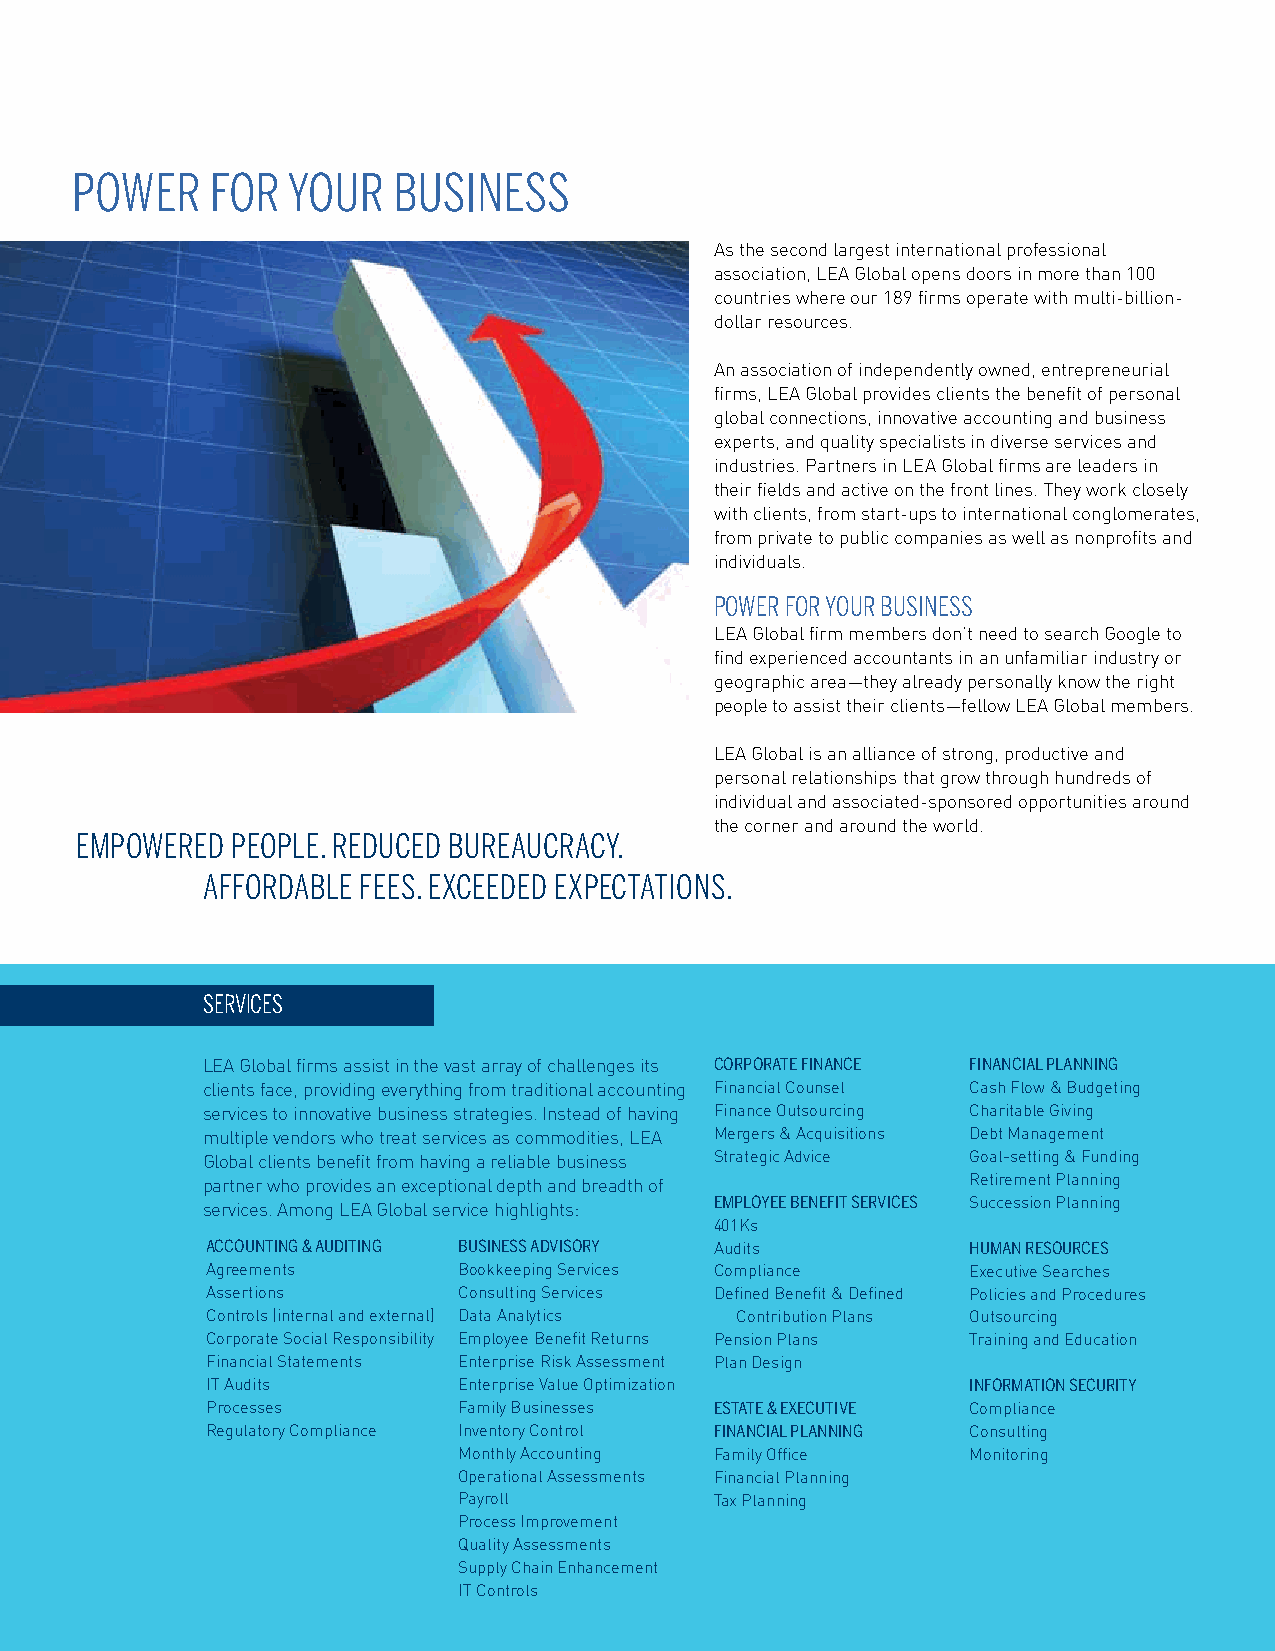
Power    for  Your   Business
 As the second largest international professional
 association, LEA Global opens doors in more than 100
 countries where our 189 firms operate with multi-billion-
 dollar resources.
 An association of independently owned, entrepreneurial
 firms, LEA Global provides clients the benefit of personal
 global connections, innovative accounting and business
 experts, and quality specialists in diverse services and
 industries. Partners in LEA Global firms are leaders in
 their fields and active on the front lines. They work closely
 with clients, from start-ups to international conglomerates,
 from private to public companies as well as nonprofits and
 individuals.
 Power for Your Business
 LEA Global firm members don’t need to search Google to
 find experienced accountants in an unfamiliar industry or
 geographic area—they already personally know the right
 people to assist their clients—fellow LEA Global members.
 LEA Global is an alliance of strong, productive and
 personal relationships that grow through hundreds of
 individual and associated-sponsored opportunities around
 the corner and around the world.
 emPowered PeoPle. reduced B ureaucracY.
 affordaBle fees. exceeded exPectations.
 serVices
 LEA Global firms assist in the vast array of challenges its CORPORATE FINANCE FINANCIAL PLANNING
 clients face, providing everything from traditional accounting Financial Counsel Cash Flow & Budgeting
 services to innovative business strategies. Instead of having Finance Outsourcing Charitable Giving
 multiple vendors who treat services as commodities, LEA Mergers & Acquisitions Debt Management
 Global clients benefit from having a reliable business Strategic Advice Goal-setting & Funding
 partner who provides an exceptional depth and breadth of Retirement Planning
 EMPLOYEE BENEFIT SERVICES Succession Planning
 services. Among LEA Global service highlights:
 401Ks
 ACCOUNTING & AUDITING BUSINESS ADVISORY Audits    HUMAN RESOURCES
 Agreements      Bookkeeping Services Compliance   Executive Searches
 Assertions      Consulting Services Defined Benefit & Defined Policies and Procedures
 Controls (internal and external) Data Analytics Contribution Plans Outsourcing
 Corporate Social Responsibility Employee Benefit Returns Pension Plans Training and Education
 Financial Statements Enterprise Risk Assessment Plan Design
 IT Audits       Enterprise Value Optimization     INFORMATION SECURITY
 Processes       Family Businesses ESTATE & EXECUTIVE Compliance
 Regulatory Compliance Inventory Control FINANCIAL PLANNING Consulting
 Monthly Accounting Family Office  Monitoring
 Operational Assessments Financial Planning
 Payroll          Tax Planning
 Process Improvement
 Quality Assessments
 Supply Chain Enhancement
 IT Controls